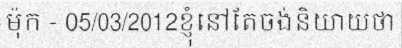
ម៉ុក - 05/03/2012ខ្ញុំនៅតែចង់និយាយថា